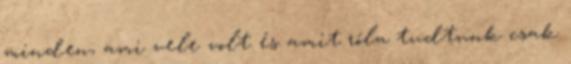
minden, ami vele volt és amit róla tudtunk csak